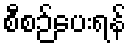
စီစဉ်ပေးရန်